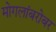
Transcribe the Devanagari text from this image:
मोगलांबरोबर